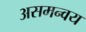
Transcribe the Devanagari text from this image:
असमन्वय